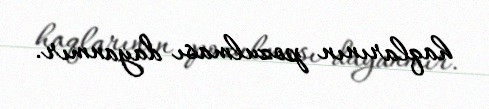
haqlarının pozulması dayanmır.